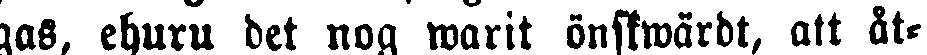
gas, ehuru det nog warit önskwärdt, att åt-